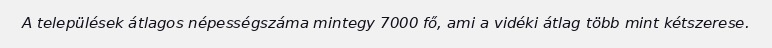
A települések átlagos népességszáma mintegy 7000 fő, ami a vidéki átlag több mint kétszerese.